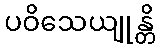
ပဝိသေယျုန္တိ